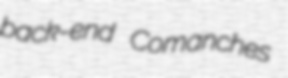
back-end Comanches